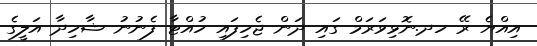
އިއްޔެ ރޭ ހދ.ނޮޅިވަރަމް ގައި ދަން ޖެހިފައި ހުއްޓާ ފެނުނު ޝާހިދާ އަލީގެ